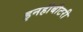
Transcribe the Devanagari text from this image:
इनहीबीटरी